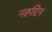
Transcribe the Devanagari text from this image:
नरुद्दिन